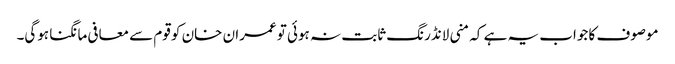
موصوف کا جواب یہ ہے کہ منی لانڈرنگ ثابت نہ ہوئی تو عمران خان کو قوم سے معافی مانگنا ہوگی۔